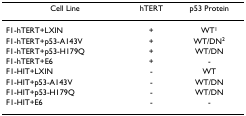
<table><thead><tr><td><b>Cell Line</b></td><td><b>hTERT</b></td><td><b>p53 Protein</b></td></tr></thead><tbody><tr><td>F1-hTERT+LXIN</td><td>+</td><td>WT<sup>1</sup></td></tr><tr><td>F1-hTERT+p53-A143V</td><td>+</td><td>WT/DN<sup>2</sup></td></tr><tr><td>F1-hTERT+p53-H179Q</td><td>+</td><td>WT/DN</td></tr><tr><td>F1-hTERT+E6</td><td>+</td><td>-</td></tr><tr><td>F1-HIT+LXIN</td><td>-</td><td>WT</td></tr><tr><td>F1-HIT+p53-A143V</td><td>-</td><td>WT/DN</td></tr><tr><td>F1-HIT+p53-H179Q</td><td>-</td><td>WT/DN</td></tr><tr><td>F1-HIT+E6</td><td>-</td><td>-</td></tr></tbody></table>